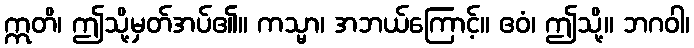
ဣတိ၊ ဤသို့မှတ်အပ်၏။ ကသ္မာ၊ အဘယ်ကြောင့်။ ဧဝံ၊ ဤသို့။ ဘဂဝါ၊